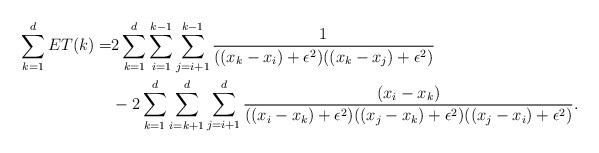
LaTeX: \begin{align*} \sum_{k=1}^d ET(k) = &2 \sum_{k=1}^d\sum_{i=1}^{k-1}\sum_{j=i+1}^{k-1} \frac{1}{((x_k-x_i)+\epsilon^2)((x_k-x_j)+\epsilon^2)}\\ & - 2 \sum_{k=1}^d \sum_{i=k+1}^{d}\sum_{j=i+1}^{d} \frac{(x_i-x_k)}{((x_i-x_k)+\epsilon^2)((x_j-x_k)+\epsilon^2)((x_j-x_i)+\epsilon^2)}.\end{align*}